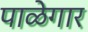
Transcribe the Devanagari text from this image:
पाळेगार